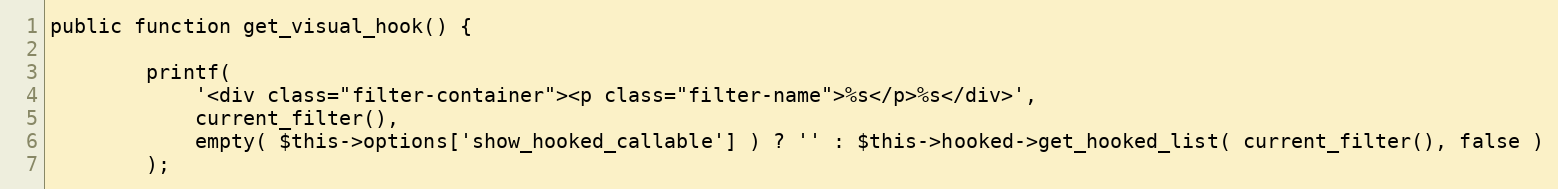
Language: PHP
public function get_visual_hook() {

		printf(
			'<div class="filter-container"><p class="filter-name">%s</p>%s</div>',
			current_filter(),
			empty( $this->options['show_hooked_callable'] ) ? '' : $this->hooked->get_hooked_list( current_filter(), false )
		);